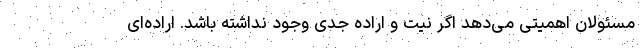
مسئولان اهمیتی می‌دهد اگر نیت و اراده جدی وجود نداشته باشد. اراده‌ای